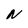
Character: N